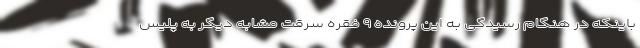
باینکه در هنگام رسیدگی به این پرونده ۹ فقره سرقت مشابه دیگر به پلیس